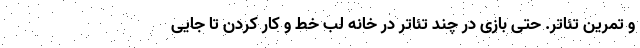
و تمرین تئاتر. حتی بازی در چند تئاتر در خانه لب خط و کار کردن تا جایی